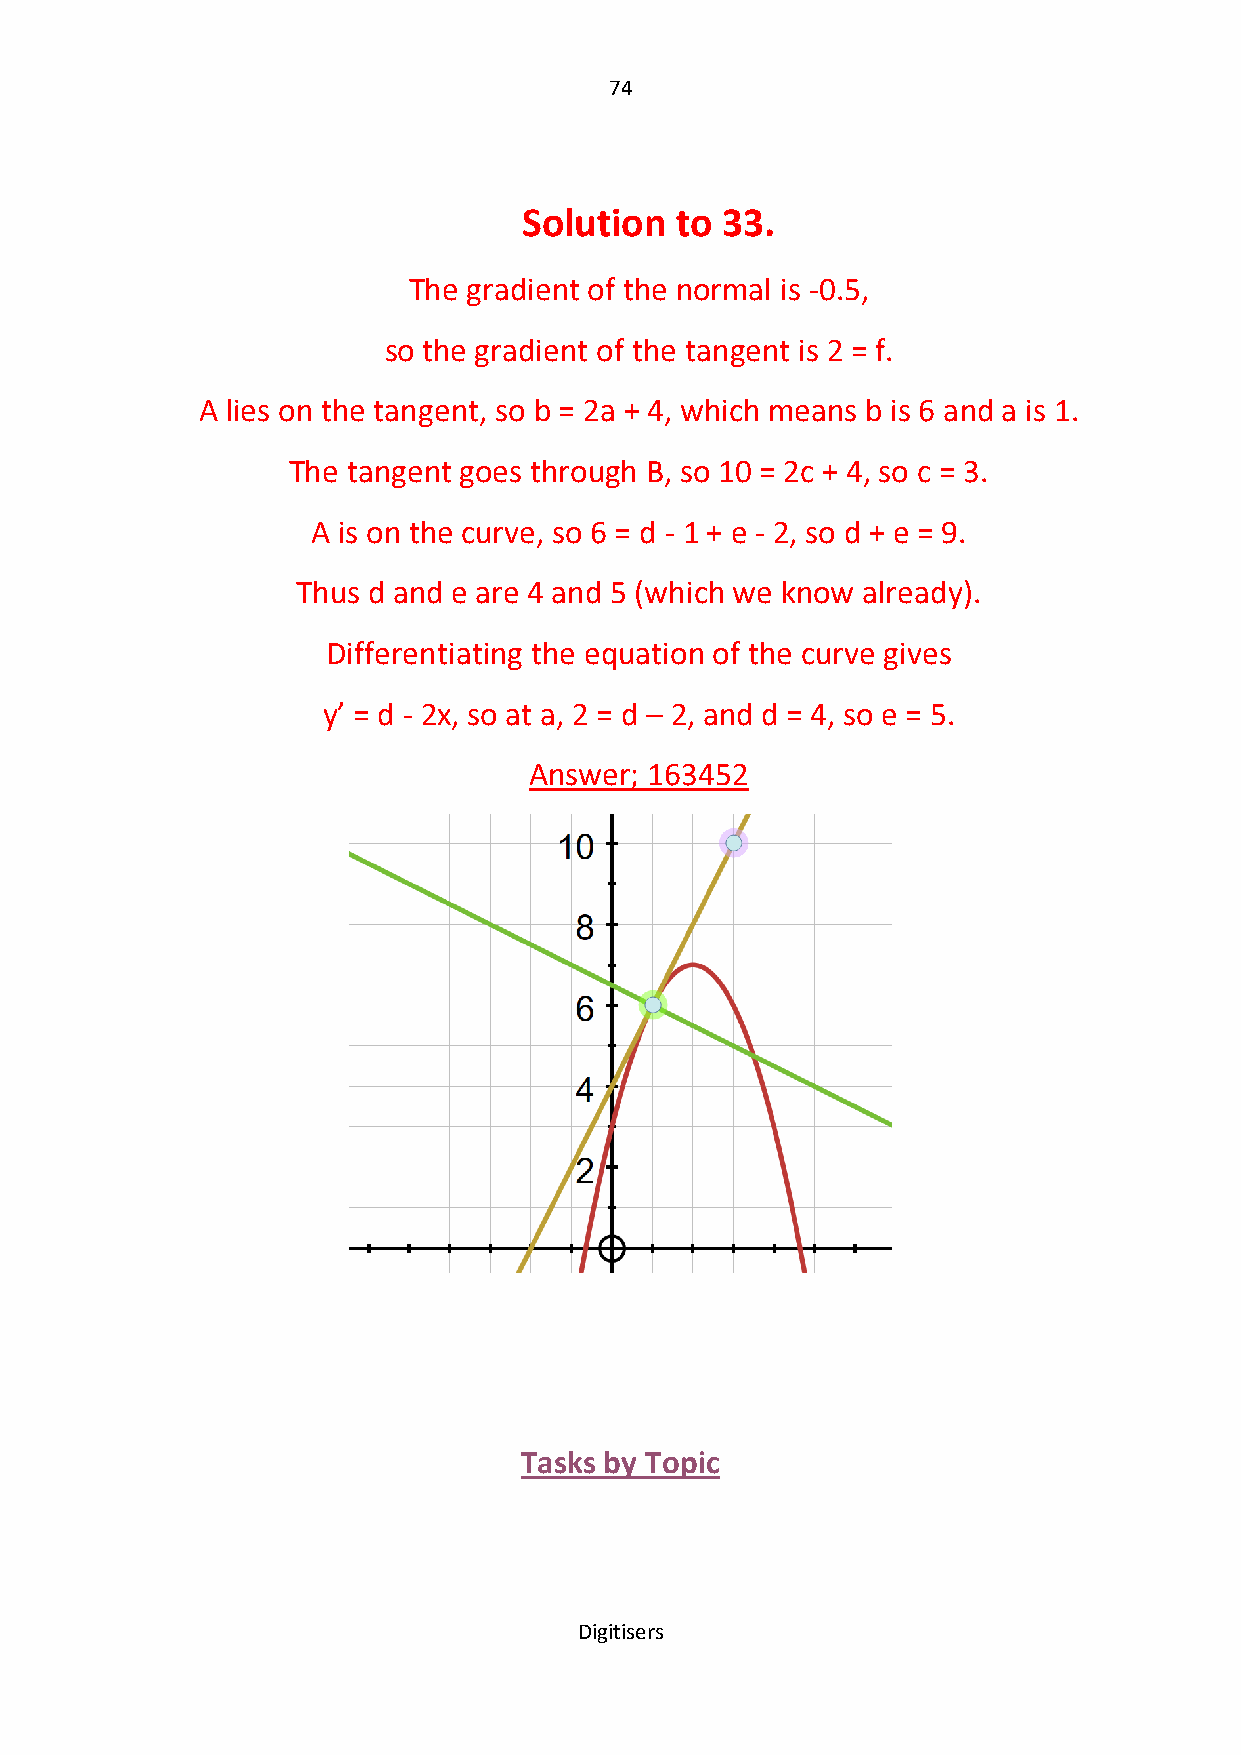
74
 Solution  to 33.
 The gradient of the normal is -0.5,
 so the gradient of the tangent is 2 = f.
 A lies on the tangent, so b = 2a + 4, which means b is 6 and a is 1.
 The tangent goes through B, so 10 = 2c + 4, so c = 3.
 A is on the curve, so 6 = d - 1 + e - 2, so d + e = 9.
 Thus d and e are 4 and 5 (which we know already).
 Differentiating the equation of the curve gives
 y’ = d - 2x, so at a, 2 = d – 2, and d = 4, so e = 5.
 Answer; 163452
 Tasks by Topic
 Digitisers